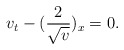
\begin{align*}v_t-(\frac{2}{\sqrt{v}})_x=0.\end{align*}